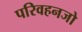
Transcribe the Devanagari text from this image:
परिवहनजो